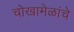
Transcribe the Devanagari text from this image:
चोखामेळांचे